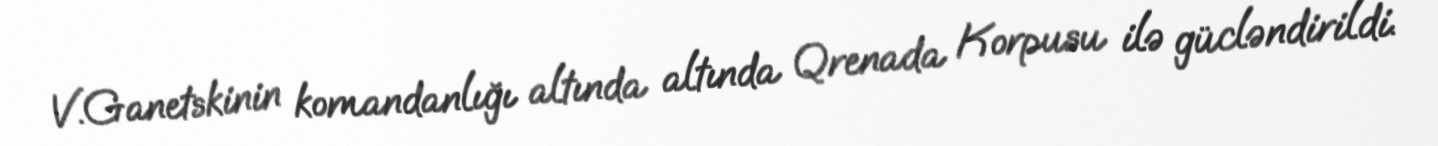
V.Ganetskinin komandanlığı altında altında Qrenada Korpusu ilə gücləndirildi.